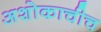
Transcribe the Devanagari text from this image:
अशोकाचीच